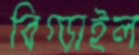
বিগ্‌ড়াইল